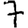
Digit: 7